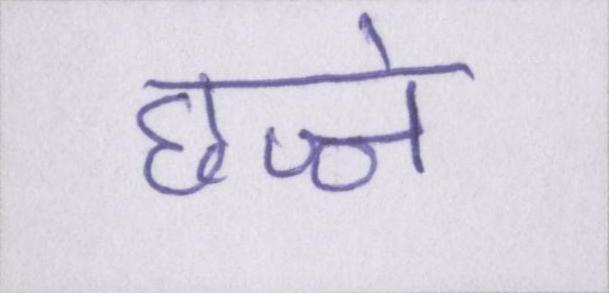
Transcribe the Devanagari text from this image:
छज्जे